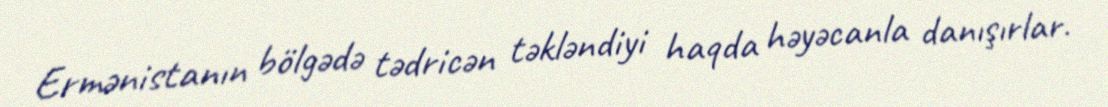
Ermənistanın bölgədə tədricən təkləndiyi haqda həyəcanla danışırlar.